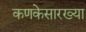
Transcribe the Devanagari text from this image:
कणकेसारख्या